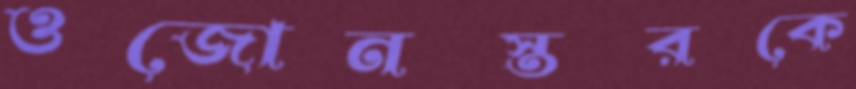
ওজোনস্তরকে